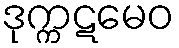
ဒုက္ကဋမေဝ